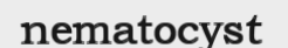
nematocyst